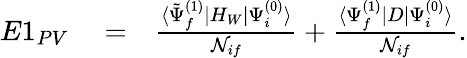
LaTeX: \begin{array}{rlr}{E1_{PV}}&{{}=}&{\frac{\langle\tilde{\Psi}_{f}^{(1)}|H_{W}|\Psi_{i}^{(0)}\rangle}{{\cal N}_{if}}+\frac{\langle\Psi_{f}^{(1)}|D|\Psi_{i}^{(0)}\rangle}{{\cal N}_{if}}.}\end{array}